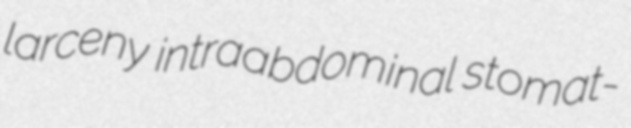
larceny intraabdominal stomat-